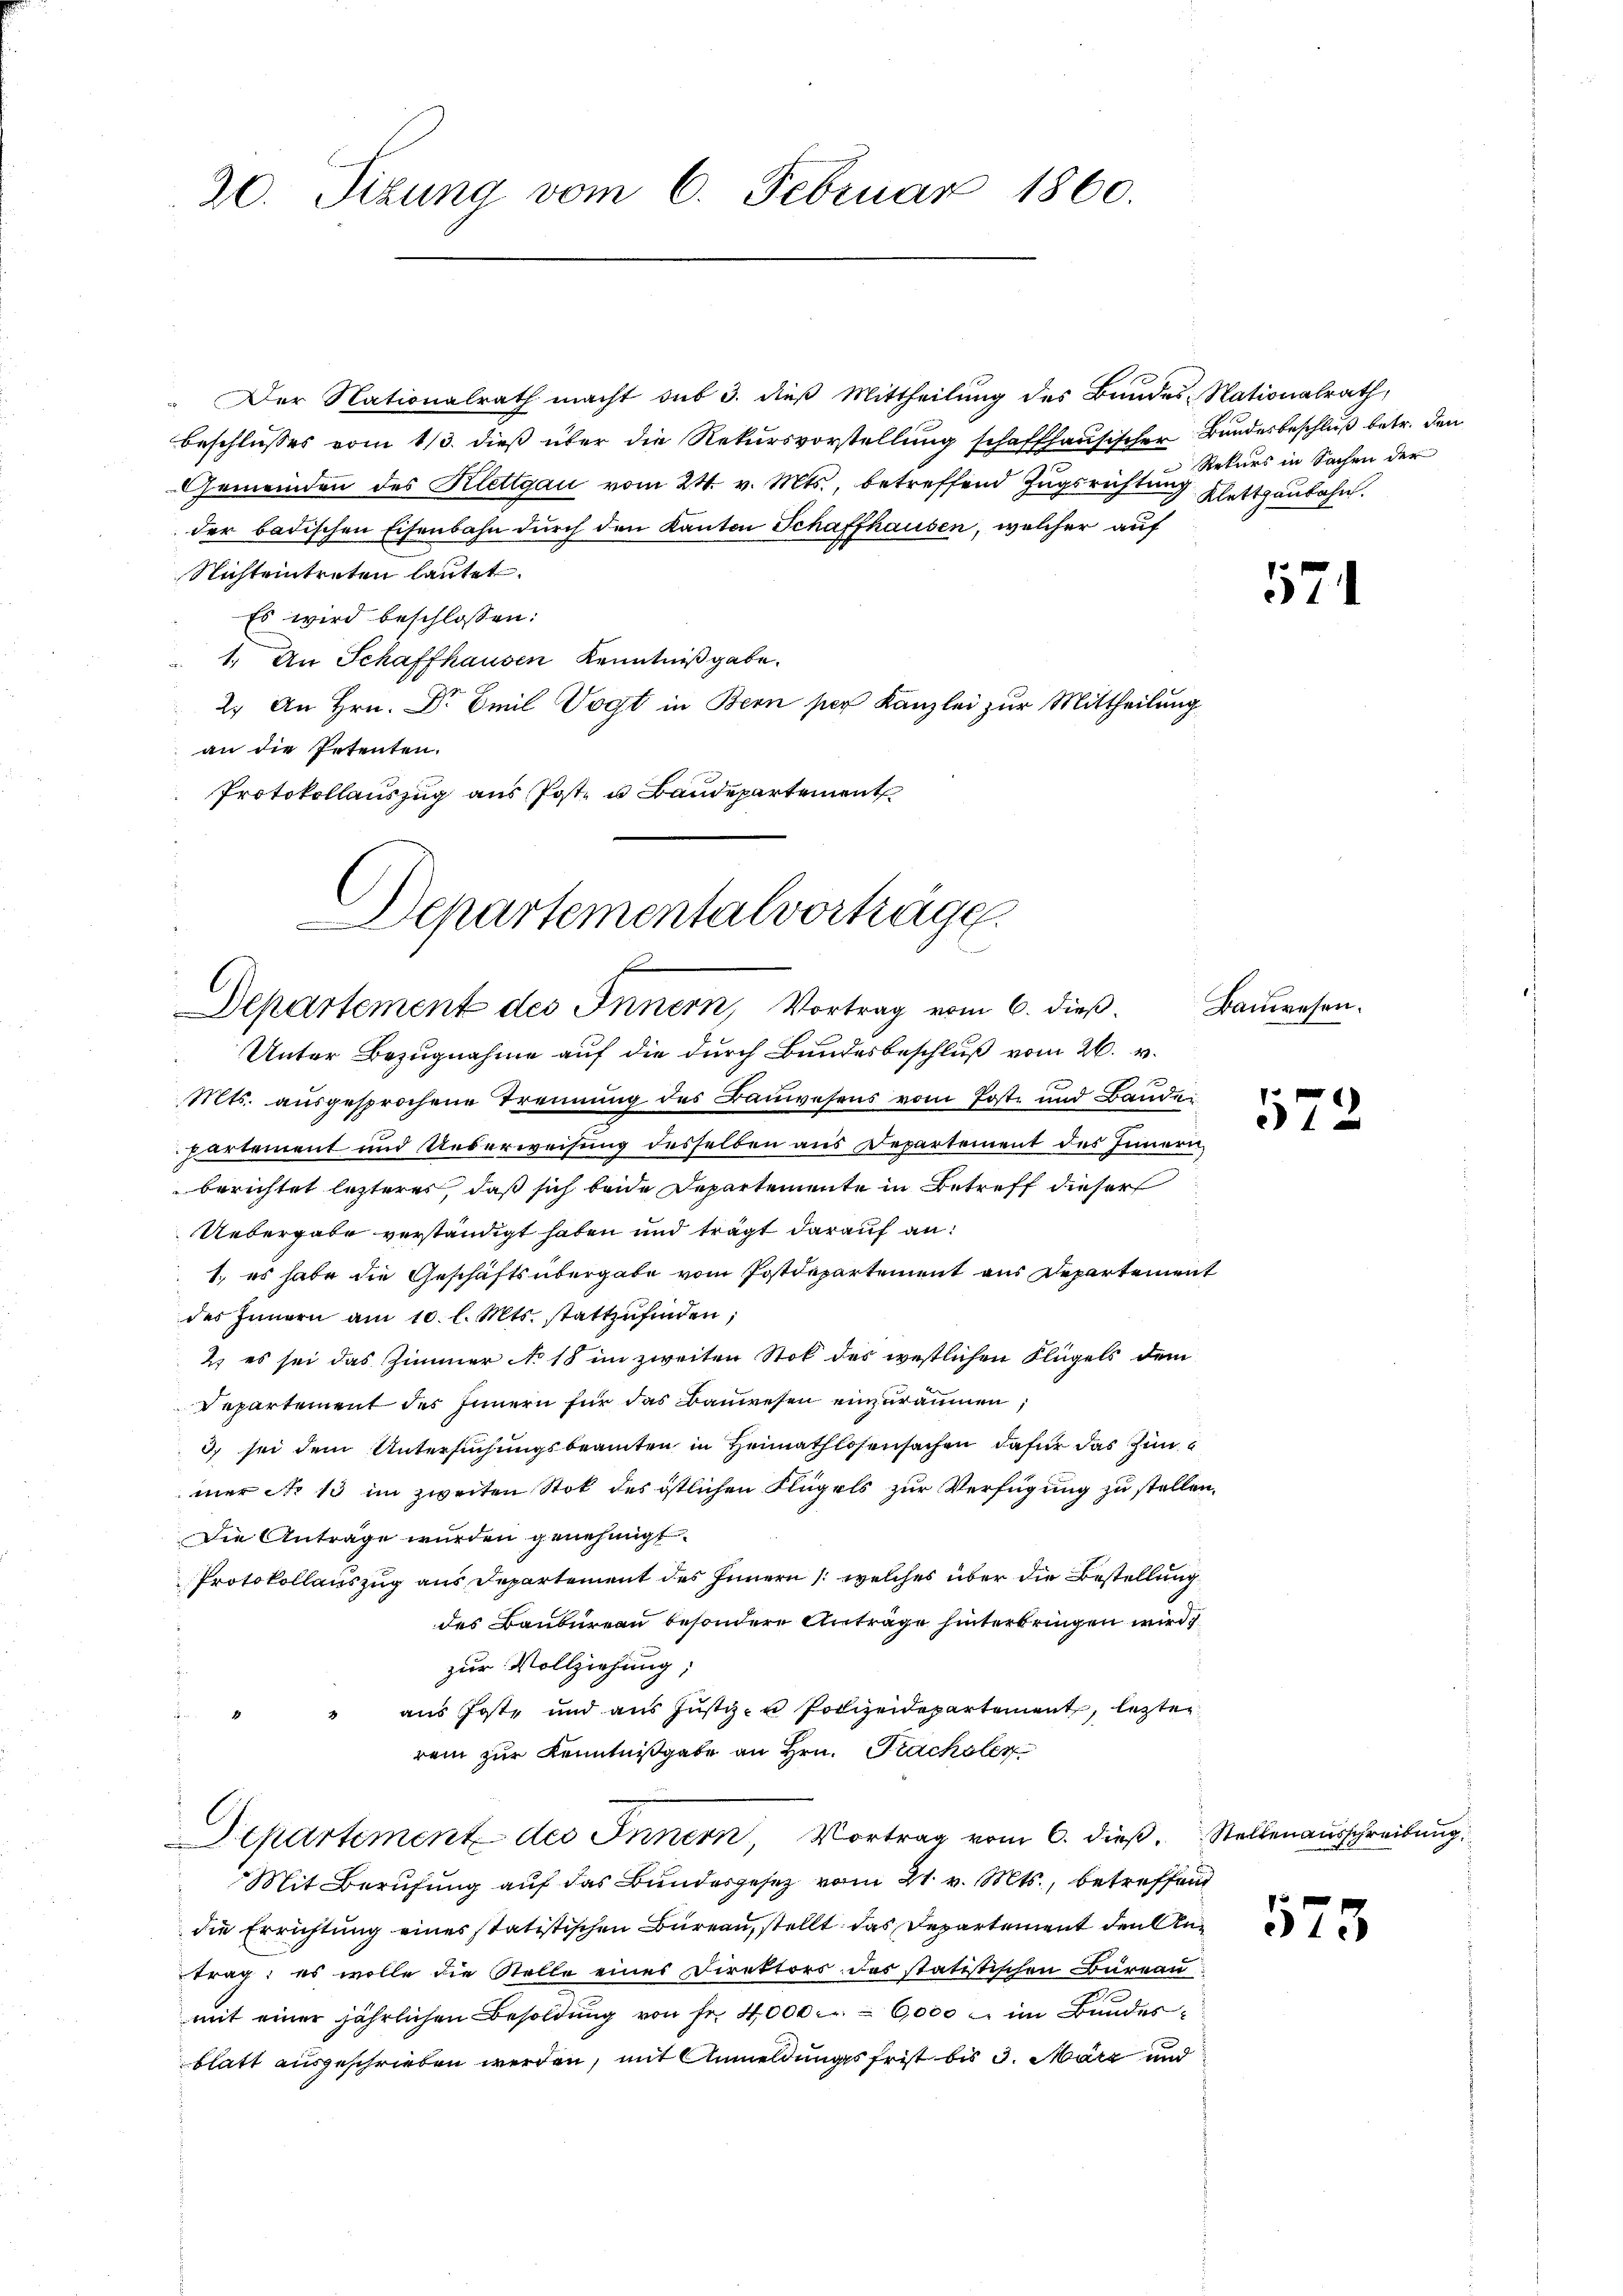
20. Sizung vom 6. Februar 1860.

Der Nationalrath macht sub 3. dieß Mittheilung des Bundes-Nationalrath,
Beschlusses vom 13. dieß über die Rekursvorstellung schaffhausischer Bundesbeschluß betr. den
Gemeinden des Klettgau vom 24. v. Mts., betreffend Zugsrichtung Klettgaubahn.
der badischen Eisenbahn durch den Kanton Schaffhausen, welcher auf
Nichteintreten lautet.
Es wird beschlossen:
 1. An Schaffhausen Kenntniß gabe.
2. An Hrn. Dr Emil Vogt in Bern per Kanzlei zur Mittheilung
an die Petenten.
Protokollauszug aus Post u Baudepartement

Departementalvorträge.
g
Departement des Innern, Vortrag vom 6. dieß.
Unter Bezugnahme auf die durch Bundesbeschluß vom 26. v.

Rekurs in Sachen der

Mts. ausgesprochene Trennung des Bauwesens vom Poste und Bande
partement und Ueberweisung desselben aus Departement des Innern
berichtet lezteres, daß sich beide Departemente in Betreff dieser
Uebergabe verständigt haben und trägt darauf an:
1. es habe die Geschäftsübergabe vom Postdepartement aus Departement
des Innern am 10. l. Mts. stattzŭfinden;
2) es sei das Zimmer No 18 im zweiten Stok des westlichen Flügels dem
Departement des Innern für das Bauwesen einzuräumen,
3) sei dem Untersuchungsbeamten in Heimathlosensachen dafür das Zimmer Nr 13 im zweiten Stok des östlichen Flügels zur Verfügung zu stellen.
Die Antrage wurden genehmigt.
Protokollauszug aus Departement des Innern /: welches über die Bestellung
des Baubureau besondere Anträge hinterbringen wird
zur Vollziehung;
aus Jost, und aus Justiz- u Polizeidepartement, letzten
rein zur Kenntnißgabe an Hrn. Prachaler
Separtement des Innern Vortrag vom 6. dieß. Stellenausschreibung
Mit Berufung auf das Bundesgesetz vom 21. v. Mts., betreffend
die Errichtung eines statistischen Bureau, stellt das Departement den Antrag; es wolle die Stelle eines Direktors des statistischen Bureau
mit einer jährlichen Besoldŭng von fr. 4000.- 6,000 u. im Bundesblatt ausgeschrieben werden, mit Anmeldungsfrist bis 3. März und

524

Bauwesen.

572

573